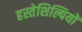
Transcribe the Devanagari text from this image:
हस्तेशिल्पियों